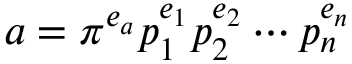
a = \pi ^ { e _ { a } } p _ { 1 } ^ { e _ { 1 } } p _ { 2 } ^ { e _ { 2 } } \cdots p _ { n } ^ { e _ { n } }